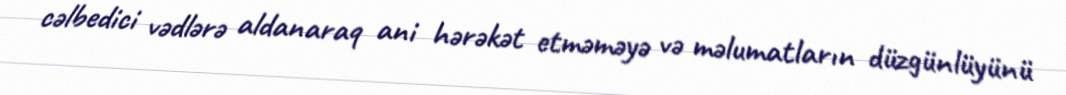
cəlbedici vədlərə aldanaraq ani hərəkət etməməyə və məlumatların düzgünlüyünü